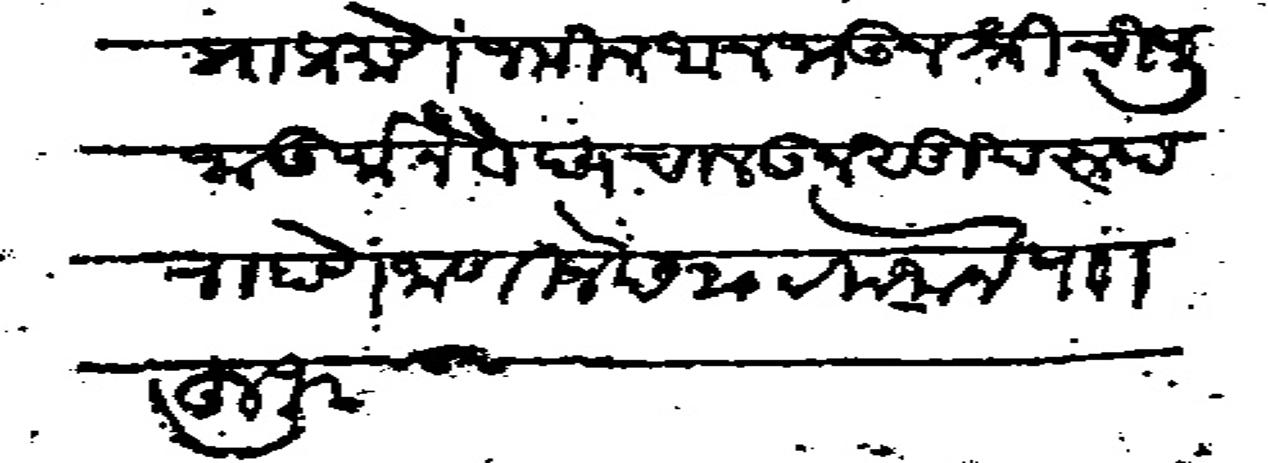
Transliteration (Devanagari): पत्रा प्रमाणे जमिन अनभऊन श्री ची पुजा ऊर्जा नैवेदय चालऊन सुखरूप राहाणे जाणीजे छ२० रमजान पाा हुजुर